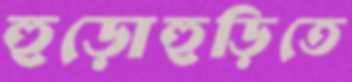
হুড়োহুড়িতে